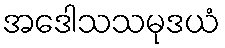
အဒေါသသမုဒယံ